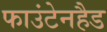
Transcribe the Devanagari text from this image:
फाउंटेनहैड